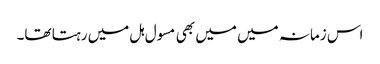
اس زمانہ میں میں بھی مسول ہل میں رہتا تھا۔